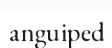
anguiped